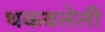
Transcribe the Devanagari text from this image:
थकवलेली